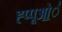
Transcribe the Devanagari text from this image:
ह्प्पूओ॒॒॒॑